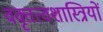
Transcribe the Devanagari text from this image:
वक्तृत्वशास्त्रियों